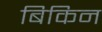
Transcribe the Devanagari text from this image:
बिकिन